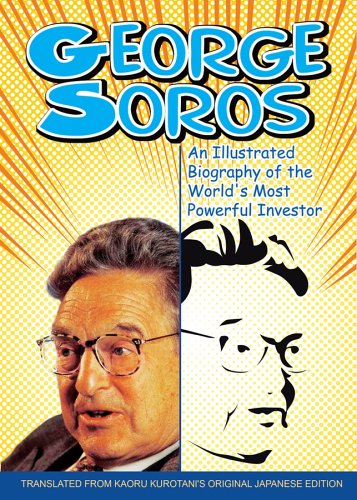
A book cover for George Soros: An Illustrated Biography of the World's Most Powerful Investor; Kaoru Kurotani; Business & Money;